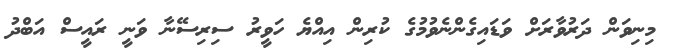
މިނިވަން ދަރުވާރަށް ވަޑައިގެންނެވުމުގެ ކުރިން އިއްޔެ ހަވީރު ސިރިސޭނާ ވަނީ ރައީސް އަބްދު